Report of the Indian Hemp Drugs Commission, 1894-1895 - Volume VI
Year: 1894
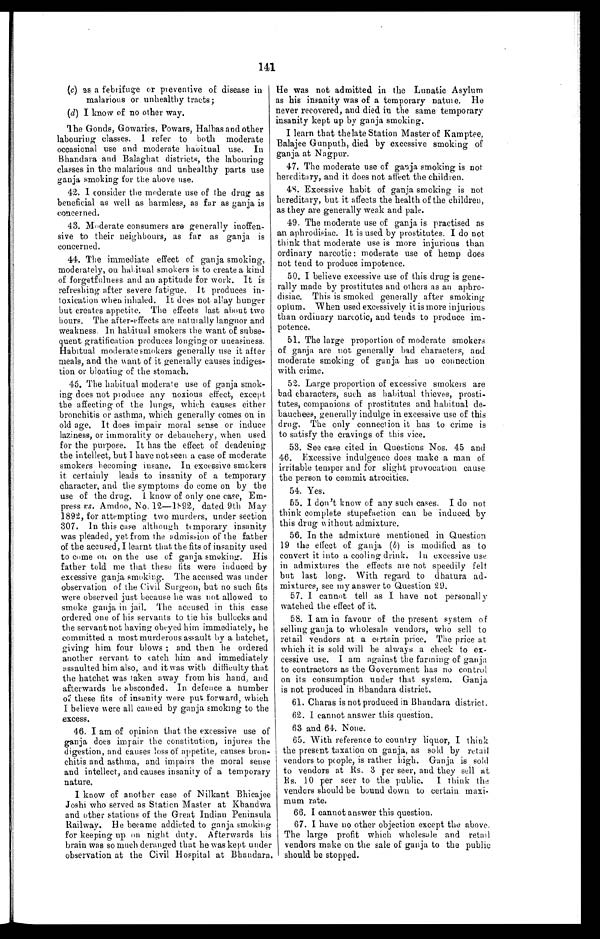
141
(c) as a febrifuge or preventive of disease in
malarious or unhealthy tracts;
(d) I know of no other way.
The Gonds, Gowaries, Powars, Halbas and other
labouring classes. I refer to both moderate
occasional use and moderate habitual use. In
Bhandara and Balaghat districts, the labouring
classes in the malarious and unhealthy parts use
ganja smoking for the above use.
42. I consider the moderate use of the drug as
beneficial as well as harmless, as far as ganja is
concerned.
43. Moderate consumers are generally inoffen-
sive to their neighbours, as far as ganja is
concerned.
44. The immediate effect of ganja smoking,
moderately, on habitual smokers is to create a kind
of forgetfulness and an aptitude for work. It is
refreshing after severe fatigue. It produces in--
toxication when inhaled. It does not allay hunger
but creates appetite. The effects last about two
hours. The after-effects are naturally languor and
weakness. In habitual smokers the want of subse--
quent gratification produces longing or uneasiness.
Habitual moderate smokers generally use it after
meals, and the want of it generally causes indiges--
tion or bloating of the stomach.
45. The habitual moderate use of ganja smok-
ing does not produce any noxious effect, except
the affecting of the lungs, which causes either
bronchitis or asthma, which generally comes on in
old age, It does impair moral sense or induce
laziness, or immorality or debauchery, when used
for the purpose. It has the effect of deadening
the intellect, but I have not seen a case of moderate
smokers becoming insane. In excessive smokers
it certainly leads to insanity of a temporary
character, and the symptoms do come on by the
use of the drug, I know of only one case, Em--
press vs. Amdoo, No. 12—1892, dated 9th May
1892, for attempting two murders, under section
307. In this case although temporary insanity
was pleaded, yet from the admission of the father
of the accused, I learnt that the fits of insanity used
to come on on the use of ganja smoking. His
father told me that these fits were induced by
excessive ganja smoking. The accused was under
observation of the Civil Surgeon, but no such fits
were observed just because he was not allowed to
smoke ganja in jail. The accused in this case
ordered one of his servants to tie his bullocks and
the servant not having obeyed him immediately, he
committed a most murderous assault by a hatchet,
giving him four blows ; and then he ordered
another servant to catch him and immediately
assaulted him also, and it was with difficulty that
the hatchet was taken away from his hand, and
afterwards he absconded. In defence a number
a these fits of insanity were put forward, which
I believe were all cau s ed by ganja smoking to the
excess.
46. I am of opinion that the excessive use of
ganja does impair the constitution, injures the
digestion, and causes loss of appetite, causes bron--
chitis and asthma, and impairs the moral sense
and intellect, and causes insanity of a temporary
nature.
I know of another ease of Nilkant Bhicajee
Joshi who served as Station Master at Khandwa
and other stations of the Great Indian Peninsula
Railway. He became addicted to ganja smoking
for keeping up on night duty. Afterwards his
brain was so much deranged that he was kept under
observation at the Civil Hospital at Bhandara.
He was not admitted in the Lunatic Asylum
as his insanity was of a temporary nature. He
never recovered, and died in the same temporary
i n s a n i t y k e p t u p b y g a n j a s m o k i n g .
I learn that the late Station Master of Kamptee,
Balajee Gunputh, died by excessive smoking of
ganja at Nagpur.
47. The moderate use of gauja smoking is not
hereditary, and it does not affect the children.
48. Excessive habit of ganja smoking is not
hereditary, but it affects the health of the children,
as they are generally weak and pale.
49. The moderate use of ganja is practised as
an aphrodisiac. It is used by prostitutes. I do not
think that moderate use is more injurious than
ordinary narcotic : moderate use of hemp does
not tend to produce impotence.
50. I believe excessive use of this drug is gene-
rally made by prostitutes and others as an aphro--
disiac. This is smoked generally after smoking
opium. When used excessively it is more injurious
than ordinary narcotic, and tends to produce im-
potence.
51. The large proportion of moderate smokers
of ganja are not generally bad characters, and
moderate smoking of ganja has no connection
with crime.
52. Large proportion of excessive smokers are
bad characters, such as habitual thieves, prosti--
tutes, companions of prostitutes and habitual de-
- b a u c h e e s , g e n e r a l l y i n d u l g e i n e x c e s s i v e u s e o f t h i s
drug. The only connection it has to crime is
to satisfy the cravings of this vice.
53. See case cited in Questions Nos. 45 and
46. Excessive indulgence does make a man of
irritable temper and for slight provocation cause
the person to commit atrocities.
54. Yes.
55. I don’t know of any such cases. I do not
think complete stupefaction can be induced by
this drug w ithout admixture.
56. In the admixture mentioned in Question
19 the effect of ganja (b) is modified as to
convert it into a cooling drink. In excessive use
in admixtures the effects are not speedily felt
but last long. With regard to dhatura ad-
mixtures, see my answer to Question 29.
57. I cannot tell as I have not personally
watched the effect of it.
58. I am in favour of the present system of
selling ganja to wholesale vendors, who sell to
retail vendors at a certain price. The price at
which it is sold will be always a check to ex-
cessive use. I am against the farming of ganja
to contractors as the Government has no control
on its consumption under that system. Ganja
is not produced in Bhandara district.
6 1 . C h a r a s i s n o t p r o d u c e d i n B h a n d a r a d i s t r i c t .
62. I cannot answer this question.
63 and 64. None.
65. With reference to country liquor, I think
the present taxation on ganja, as sold by retail
vendors to people, is rather high. Ganja is sold
to vendors at Rs. 3 per seer, and. they sell at
R s . 1 0 p e r s e e r t o t h e p u b l i c .I
t h i n k t h e
vendors should be bound down to certain maxi-
- m u m r a t e .
6 6 . I c a n n o t a n s w e r t h i s q u e s t i o n .
67. I have no other objection except the above.
The large profit which wholesale and retail
vendors make on the sale of ganja to the public
should be stopped.